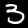
Digit: 3